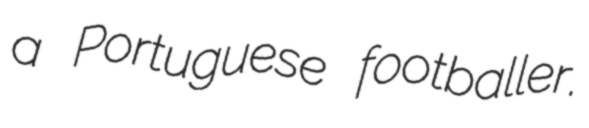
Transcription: a Portuguese footballer.